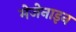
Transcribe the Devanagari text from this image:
मेजेनाइन